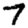
Digit: 7